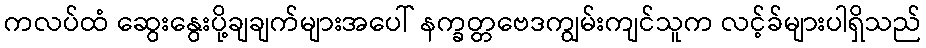
ကလပ်ထံ ဆွေးနွေးပို့ချချက်များအပေါ် နက္ခတ္တဗေဒကျွမ်းကျင်သူက လင့်ခ်များပါရှိသည်